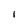
Character: 1